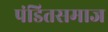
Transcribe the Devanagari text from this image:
पंडितसमाज